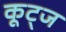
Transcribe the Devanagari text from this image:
कूट्ज